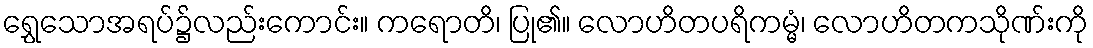
ရွှေသောအရပ်၌လည်းကောင်း။ ကရောတိ၊ ပြု၏။ လောဟိတပရိကမ္မံ၊ လောဟိတကသိုဏ်းကို